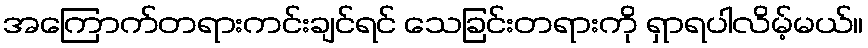
အကြောက်တရားကင်းချင်ရင် သေခြင်းတရားကို ရှာရပါလိမ့်မယ်။